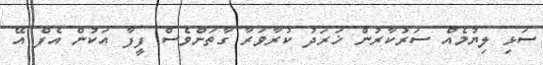
ސަޅި ލިޔުމެއް ސަރުކާރުން ޚަރަދު ކުރާވަރާ ގާތަށްވެސް ފީފާ އަކުން އެފް އޭ